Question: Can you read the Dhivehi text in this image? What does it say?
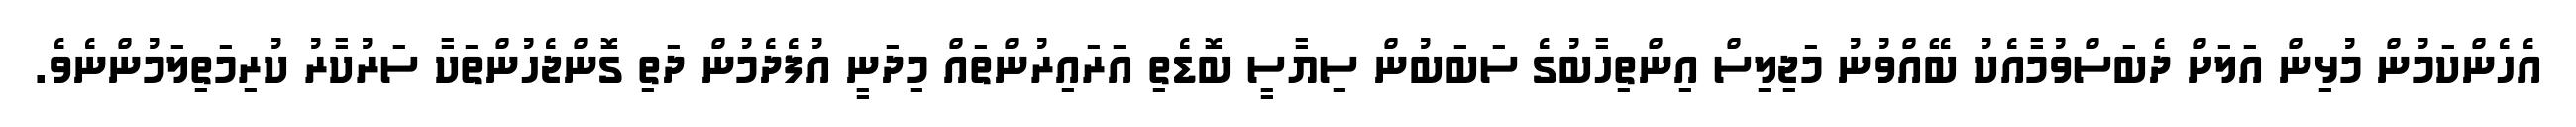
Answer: އެހެންކަމުން މުޅިން އަލަށް ދެބަސްވުމާއެކު ބޭއްވުނު މަޖިލިސް އިންތިހާބުގެ ސަބަބުން ސިޔާސީ ބޮޑެތި އަރައިރުންތައް މިދަނީ އުފެދެމުން ދަތި ގޮންޖެހުންތަކާ ސަރުކާރު ކުރިމަތިލަމުންނެވެ.